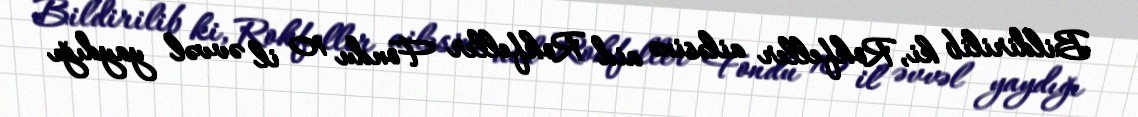
Bildirilib ki, Rokfeller ailəsinə aid Rokfeller Fondu 10 il əvvəl yaydığı